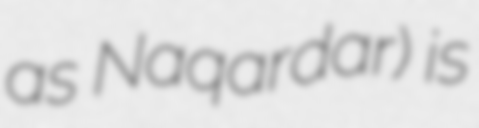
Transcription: as Naqardar) is